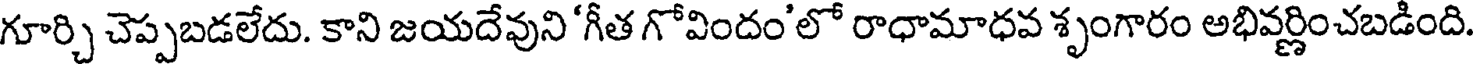
గూర్చి చెప్పబడలేదు. కాని జయదేవుని 'గీత గోవిందం'లో రాధామాధవ శృంగారం అభివర్ణించబడింది